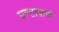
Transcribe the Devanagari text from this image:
घण्टाकर्ण